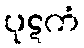
ပုဋကံ